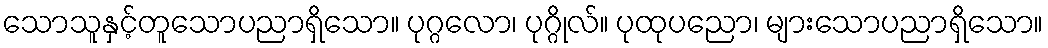
သောသူနှင့်တူသောပညာရှိသော။ ပုဂ္ဂလော၊ ပုဂ္ဂိုလ်။ ပုထုပညော၊ များသောပညာရှိသော။